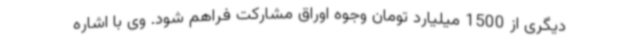
دیگری از 1500 میلیارد تومان وجوه اوراق مشارکت فراهم شود. وی با اشاره